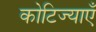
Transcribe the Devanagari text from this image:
कोटिज्याएँ